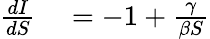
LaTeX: \begin{array}{rl}{{\frac{dI}{dS}}}&{{}=-1+\frac{\gamma}{\beta S}}\end{array}